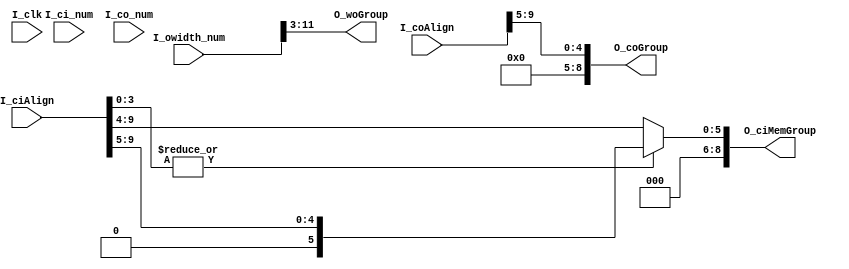
`timescale 1ns / 1ps

module BaseCompute#(
    parameter                     LITEWIDTH     = 32,
    parameter                     DEPTHWIDTH    = 9,
    parameter                     CH_IN         = 16,
    parameter                     CH_OUT        = 32,
    parameter                     PIX           = 8,
    parameter                     IEMEM_1ADOT   = 16
)(
    input                         I_clk,
    input       [LITEWIDTH-1:0]   I_ci_num,
    input       [LITEWIDTH-1:0]   I_co_num,
    input       [LITEWIDTH-1:0]   I_owidth_num,
    input       [DEPTHWIDTH:0]    I_coAlign,
    input       [DEPTHWIDTH:0]    I_ciAlign,
    output      [DEPTHWIDTH-1:0]  O_woGroup,
    output      [DEPTHWIDTH-1:0]  O_coGroup,
    output      [DEPTHWIDTH-1:0]  O_ciMemGroup
    );
    
localparam    C_CI_ALIGN_WIDTH  = GETASIZE(CH_IN);
localparam    C_CO_ALIGN_WIDTH  = GETASIZE(CH_OUT);
localparam    C_PIX_WIDTH       = GETASIZE(PIX);
localparam    C_MEM_DOT_WIDTH   = GETASIZE(IEMEM_1ADOT);

assign  O_woGroup = I_owidth_num >> C_PIX_WIDTH;
assign  O_coGroup = I_coAlign >> C_CO_ALIGN_WIDTH;
assign  O_ciMemGroup = (~(|I_ciAlign[C_MEM_DOT_WIDTH-1:0])) ? (I_ciAlign>>C_MEM_DOT_WIDTH) : (I_ciAlign>>C_MEM_DOT_WIDTH+1);     

function integer GETASIZE;
    input integer a;
    integer i;
    begin
        for(i=1;(2**i)<a;i=i+1)
          begin
          end
        GETASIZE = i;
    end
endfunction    
    
endmodule